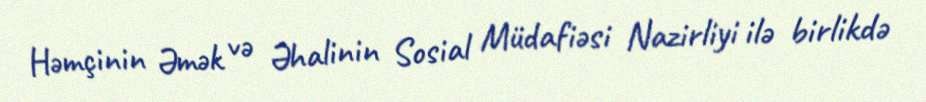
Həmçinin Əmək və Əhalinin Sosial Müdafiəsi Nazirliyi ilə birlikdə